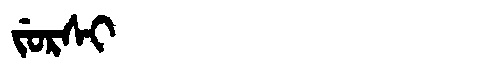
Manchu: ᠵᡠᡵᠰᡳ
Romanization: JURSI